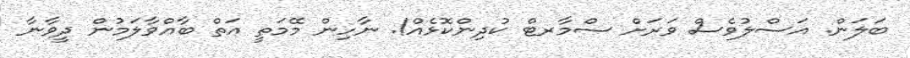
ބަލަން. އަސްލުވެސް ވަރަށް ސްމާރޓް ކުދިންކޮޅެއް!. ނާހިން މޭމަތީ އަތް ބާއްވާލަމުން ދީވާނާ